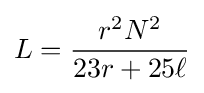
L={\frac {r^{2}N^{2}}{23r+25\ell }}